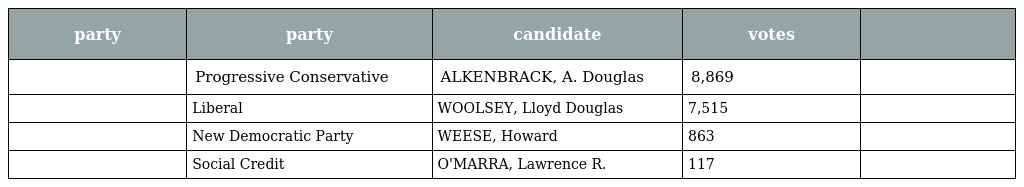
| party | party | candidate | votes |  |
 | --- | --- | --- | --- | --- |
 |  | Progressive Conservative | ALKENBRACK, A. Douglas | 8,869 |  |
 |  | Liberal | WOOLSEY, Lloyd Douglas | 7,515 |  |
 |  | New Democratic Party | WEESE, Howard | 863 |  |
 |  | Social Credit | O'MARRA, Lawrence R. | 117 |  |